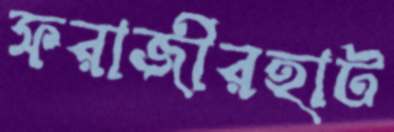
ফরাজীরহাট